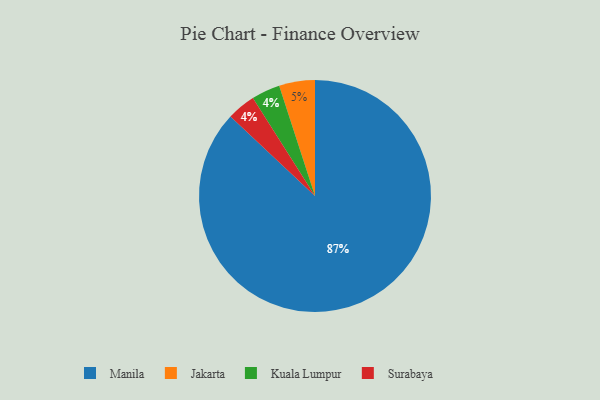
{"axis": {"x": "Category", "y": "Percentage"}, "legend": ["Jakarta", "Kuala Lumpur", "Manila", "Surabaya"], "data": [{"x": "Kuala Lumpur", "y": 4, "type": "Kuala Lumpur"}, {"x": "Manila", "y": 87, "type": "Manila"}, {"x": "Surabaya", "y": 4, "type": "Surabaya"}, {"x": "Jakarta", "y": 5, "type": "Jakarta"}]}